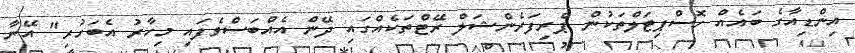
އިންޑިއާގެ ބައެއް ހޮސްޕިޓަލްތަކުން ޕްރިފަރެންޝަލް ރޭޓްތަކެއްގައި ދޭން އެއްބަސްވެފައި މިހާރު އެބަހުރި" އޭނާ